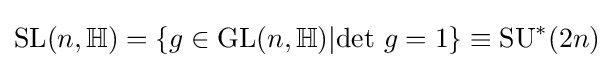
\mathrm {SL} (n,\mathbb {H} )=\{g\in \mathrm {GL} (n,\mathbb {H} )|\mathrm {det} \ g=1\}\equiv \mathrm {SU} ^{*}(2n)